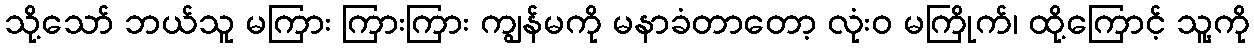
သို့သော် ဘယ်သူ မကြား ကြားကြား ကျွန်မကို မနာခံတာတော့ လုံးဝ မကြိုက်၊ ထို့ကြောင့် သူ့ကို